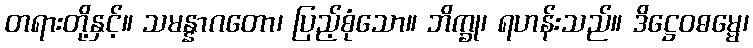
တရားတို့နှင့်။ သမန္နာဂတော၊ ပြည့်စုံသော။ ဘိက္ခု၊ ရဟန်းသည်။ ဒိဋ္ဌေဝဓမ္မေ၊